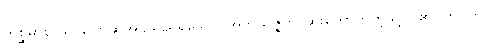
ကစ္ဆမာနာယ၊ ပြောဆိုအပ်သည်ရှိသော်။ အဘိသဇ္ဇတိ၊ ဆူးကောက်ကဲ့သို့ ငြိ၏။ ကုပ္ပတိ၊